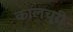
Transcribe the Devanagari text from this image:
कालचूरी